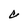
Character: C